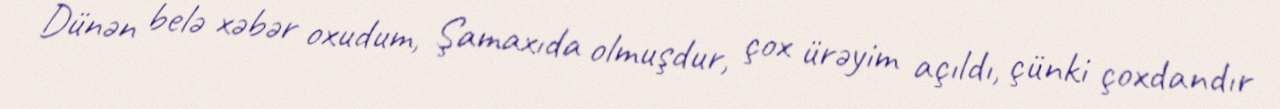
Dünən belə xəbər oxudum, Şamaxıda olmuşdur, çox ürəyim açıldı, çünki çoxdandır